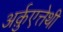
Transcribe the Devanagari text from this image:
अर्क़ुएत्तेथी